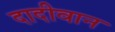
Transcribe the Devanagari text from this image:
दादीवान